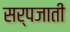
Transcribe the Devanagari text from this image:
सर्पजाती